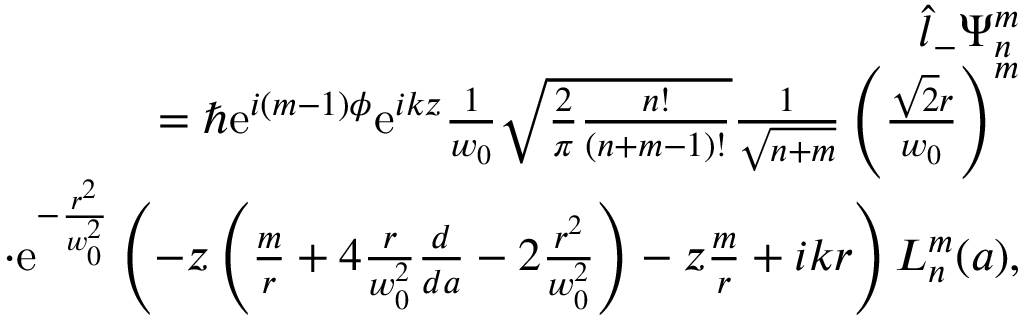
\begin{array} { r l r } & { } & { \hat { l } _ { - } \Psi _ { n } ^ { m } } \\ & { } & { = \hbar \mathrm { e } ^ { i ( m - 1 ) \phi } \mathrm { e } ^ { i k z } \frac { 1 } { w _ { 0 } } \sqrt { \frac { 2 } { \pi } \frac { n ! } { ( n + m - 1 ) ! } } \frac { 1 } { \sqrt { n + m } } \left( \frac { \sqrt { 2 } r } { w _ { 0 } } \right) ^ { m } } \\ & { } & { \cdot \mathrm { e } ^ { - \frac { r ^ { 2 } } { w _ { 0 } ^ { 2 } } } \left( - z \left( \frac { m } { r } + 4 \frac { r } { w _ { 0 } ^ { 2 } } \frac { d } { d a } - 2 \frac { r ^ { 2 } } { w _ { 0 } ^ { 2 } } \right) - z \frac { m } { r } + i k r \right) L _ { n } ^ { m } ( a ) , } \end{array}